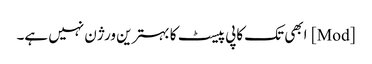
[Mod] ابھی تک کاپی پیسٹ کا بہترین ورژن نہیں ہے۔